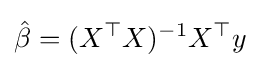
{\hat {\beta }}=(X^{\top }X)^{-1}X^{\top }y